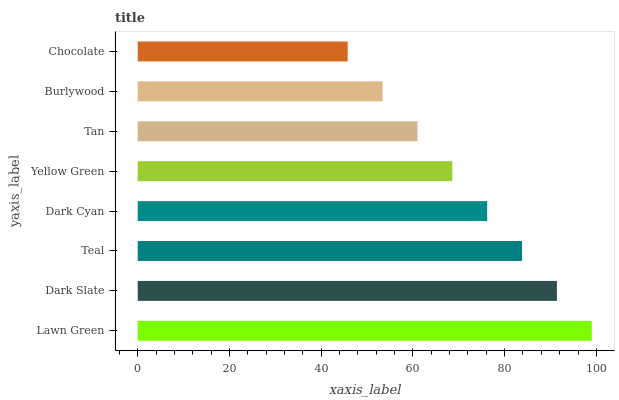
| yaxis_label | bars |
 | --- | --- |
 | Lawn Green | 99 |
 | Dark Slate | 91.4 |
 | Teal | 83.8 |
 | Dark Cyan | 76.2 |
 | Yellow Green | 68.6 |
 | Tan | 61 |
 | Burlywood | 53.4 |
 | Chocolate | 45.8 |